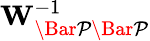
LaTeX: \mathbf{W}_{\mathcal{\Bar{P}\Bar{P}}}^{-1}